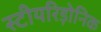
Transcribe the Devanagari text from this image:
स्टीयरिड़ोनिक